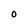
Character: O